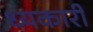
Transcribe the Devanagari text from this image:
ध्यकारी